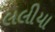
લલીયા